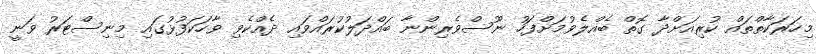
މިހަރަކާތްތައް ކުރިއަށްދާ ގޮތް ބެއްލެވުމަށްފަހު ނޫސްވެރިންނާ ބައްދަލުކުރައްވައި ދެއްކެވި ވާހަކަފުޅުގައި މިނިސްޓަރު ވަނީ